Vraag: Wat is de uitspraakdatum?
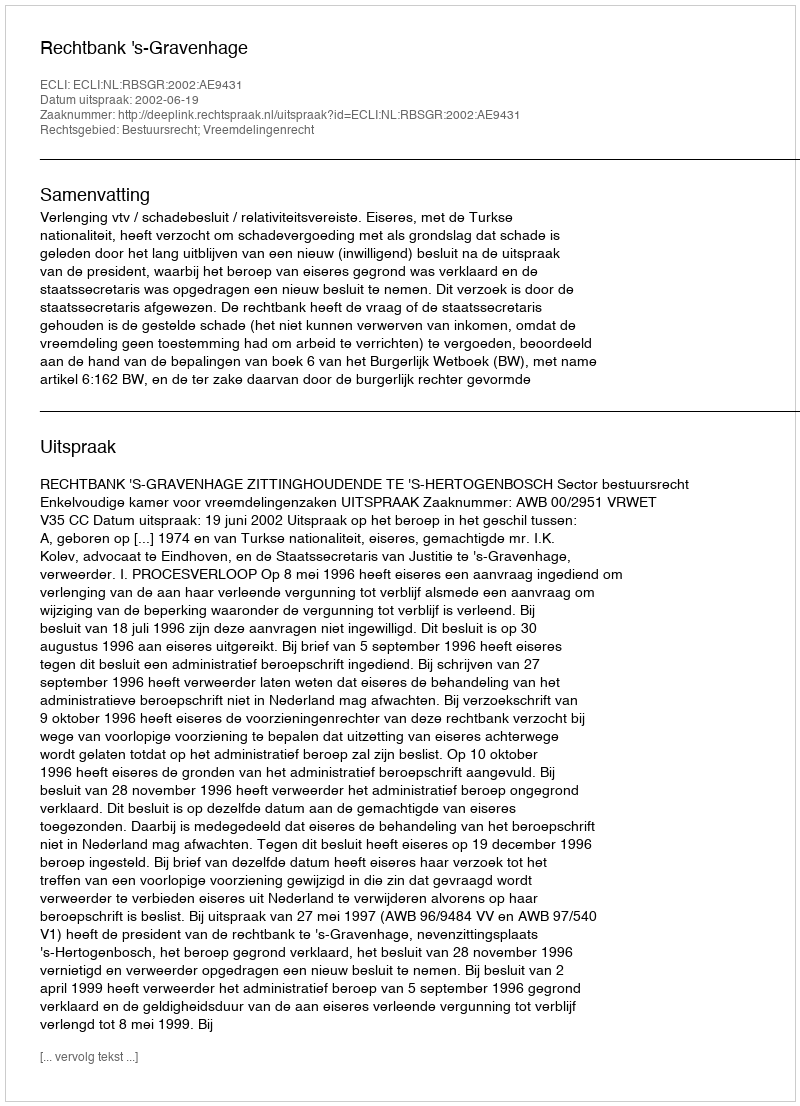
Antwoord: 2002-06-19